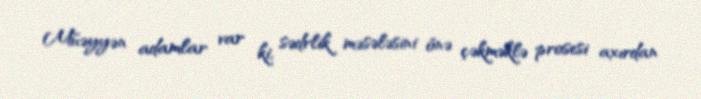
Müəyyən adamlar var ki, sədrlik məsələsini önə çəkməklə prosesi axırdan